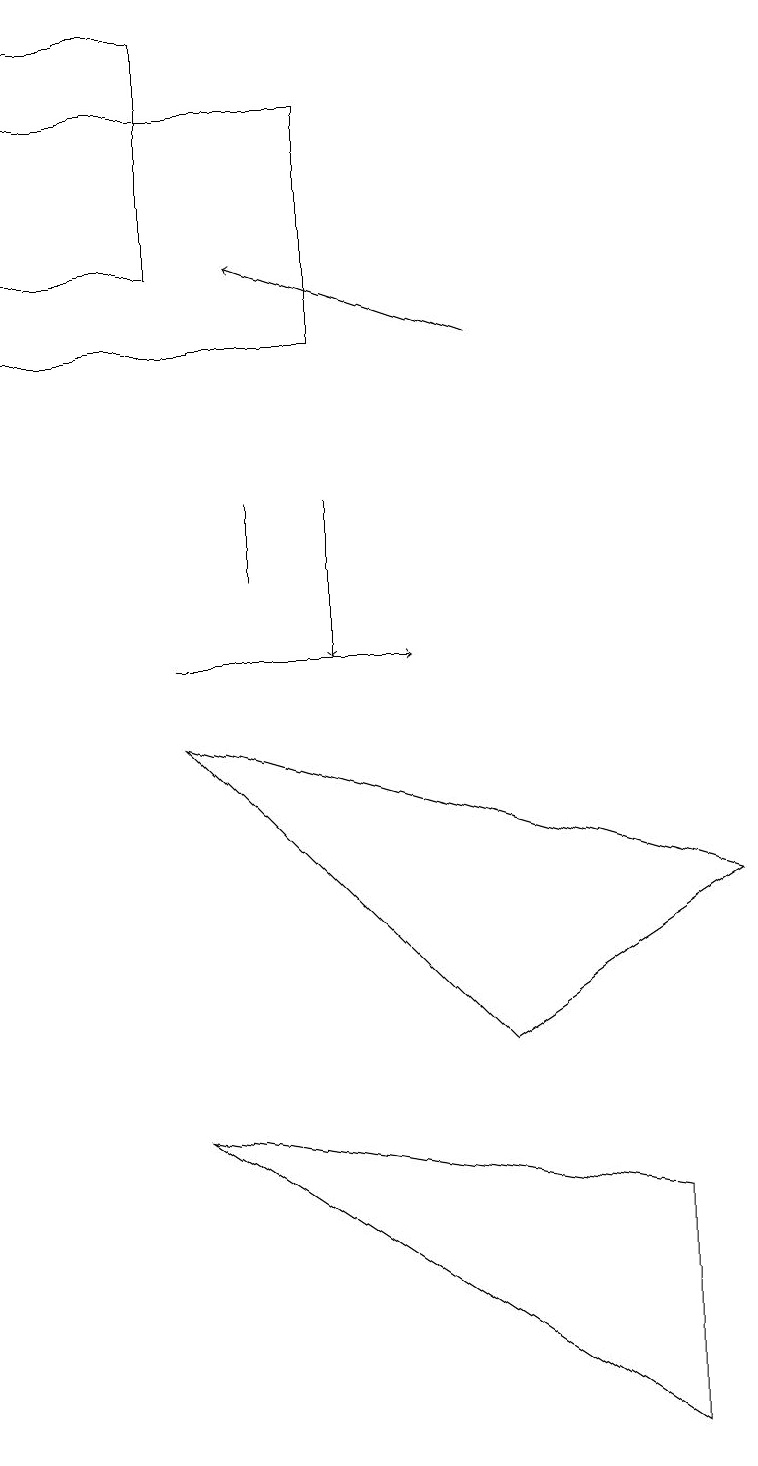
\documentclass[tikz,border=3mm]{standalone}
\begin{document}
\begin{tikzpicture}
\draw[->] (6,14) -- (3,15);
\draw (0,17) rectangle (4,14);
\draw (2,18) rectangle (0,15);
\draw (2,4) -- (8,3) -- (8,0) -- cycle;
\draw (6,5) -- (2,9) -- (9,7) -- cycle;
\draw[->] (4,12) -- (4,10);
\draw[->] (2,10) -- (5,10);
\draw (3,12) rectangle (3,11);
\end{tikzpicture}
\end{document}